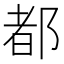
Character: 都